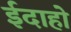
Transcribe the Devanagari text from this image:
ईदाहो